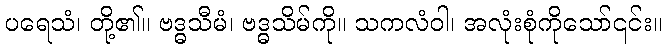
ပရေသံ၊ တို့၏။ ဗဒ္ဓသီမံ၊ ဗဒ္ဓသိမ်ကို။ သကလံဝါ၊ အလုံးစုံကိုသော်၎င်း။